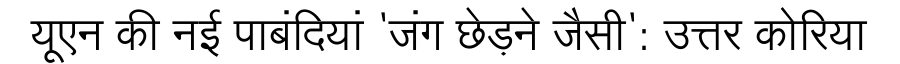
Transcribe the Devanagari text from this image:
यूएन की नई पाबंदियां 'जंग छेड़ने जैसी': उत्तर कोरिया